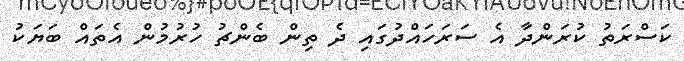
ކަސްރަތު ކުރަންދާ އެ ސަރަހައްދުގައި ދެ ތިން ބެންޗު ހުރުމުން އެތައް ބަޔަކު